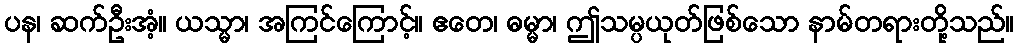
ပန၊ ဆက်ဦးအံ့။ ယသ္မာ၊ အကြင်ကြောင့်။ ဧတေ၊ ဓမ္မာ၊ ဤသမ္ပယုတ်ဖြစ်သော နာမ်တရားတို့သည်။